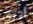
أدري